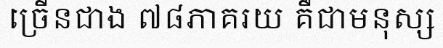
ច្រើនជាង ៧៨ភាគរយ គឺជាមនុស្ស